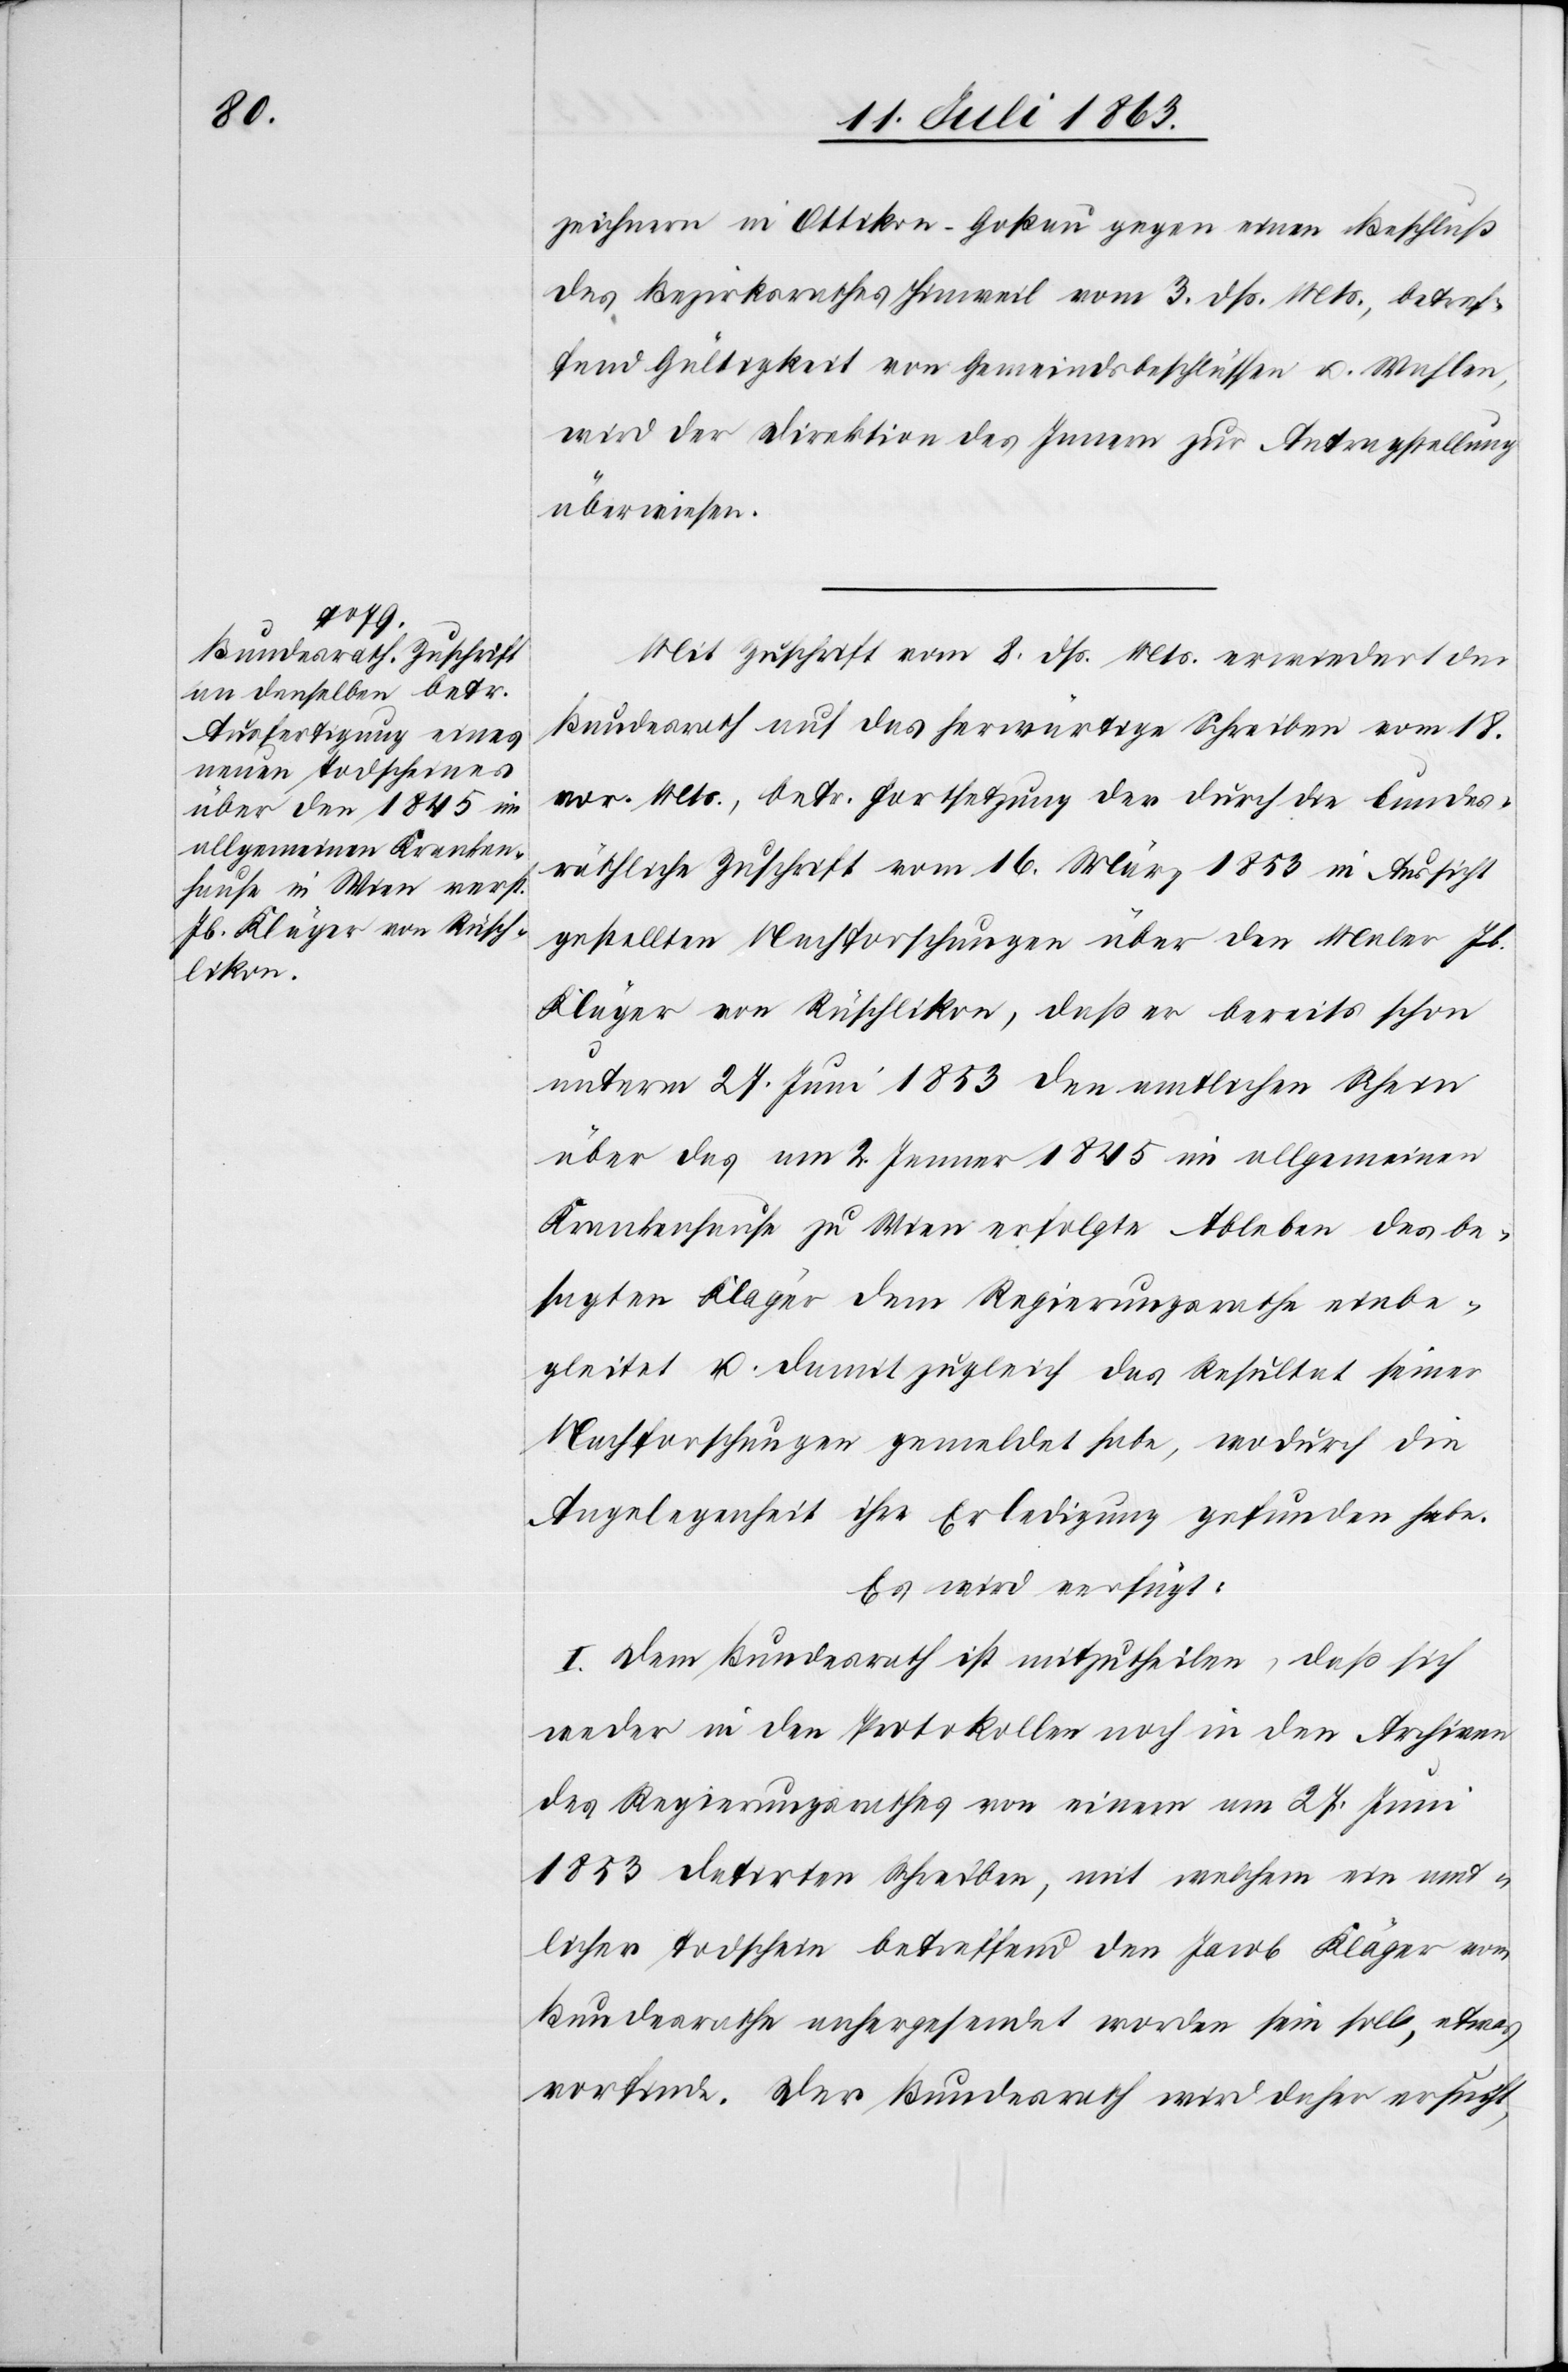
15. Juli 1863.]
zeichnern in Ottikon-Goßau gegen einen Beschluß
des Bezirksrathes Hinweil vom 3. dß. Mts., betref¬
fend Gültigkeit von Gemeindsbeschlüssen u. Wahlen,
wird der Direktion des Innern zur Antragstellung
überwiesen.
Mit Zuschrift vom 8. dß. Mts. erwiedert der
Bundesrath auf das herwärtige Schreiben vom 18.
vor. Mts., betr. Fortsetzung der durch die bundes¬
räthliche Zuschrift vom 16. März 1853 in Aussicht
gestellten Nachforschungen über den Maler Jb.
Kläger von Rüschlikon, daß er bereits schon
unterm 27. Juni 1853 den amtlichen Schein
über das am 2. Jenner 1845 im allgemeinen
Krankenhause zu Wien erfolgte Ablegen des be¬
sagten Kläger dem Regierungsrathe einbe¬
gleitet u. damit zugleich das Resultat seiner
Nachforschungen gemeldet habe, wodurch die
Angelegenheit ihre Erledigung gefunden habe.
Es wird verfügt:
I. Dem Bundesrath ist mitzutheilen, daß sich
weder in den Protokollen noch in den Archiven
des Regierungsrathes von einem am 27. Juni
1853 datirten Schreiben, mit welchem ein amt¬
licher Todschein betreffend den Jacob Kläger vom
Bundesrathe anhergesendet worden sein soll, etwas
vorfinde. Der Bundesrath wird daher ersucht,